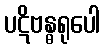
ပဋိဗန္ဓရုပေါ